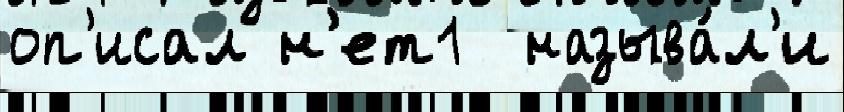
оп'исал н'ет1  называ́л'и